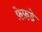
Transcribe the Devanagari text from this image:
फ़ेफ़डे